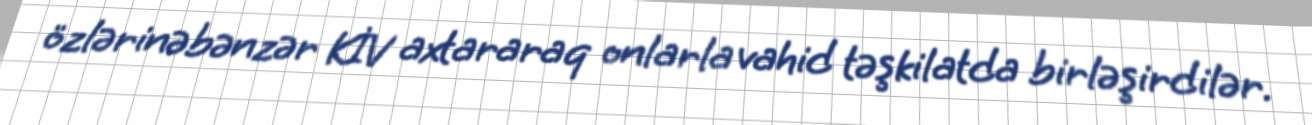
özlərinəbənzər KİV axtararaq onlarla vahid təşkilatda birləşirdilər.